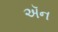
ઍન